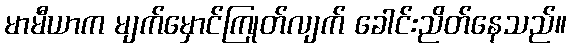
မာမီယာက မျက်မှောင်ကြုတ်လျက် ခေါင်းညိတ်နေသည်။